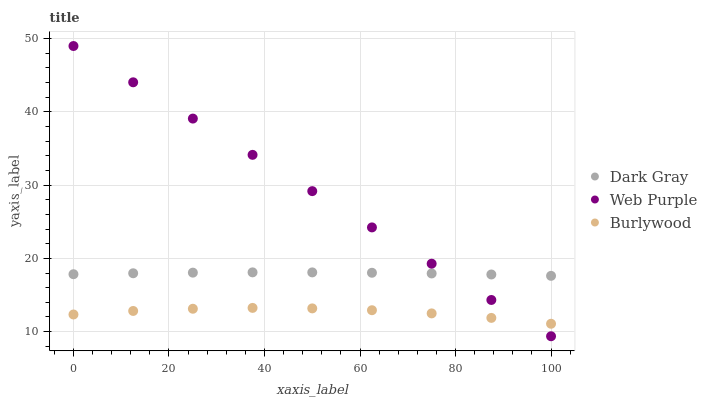
| xaxis_label | Dark Gray | Web Purple | Burlywood |
 | --- | --- | --- | --- |
 | 0 | 17.8 | 49 | 12.3 |
 | 12.5 | 18 | 44 | 12.8 |
 | 25 | 18.1 | 39.1 | 13.1 |
 | 37.5 | 18.1 | 34.1 | 13.2 |
 | 50 | 18.1 | 29.2 | 13.2 |
 | 62.5 | 18 | 24.2 | 12.9 |
 | 75 | 17.9 | 19.3 | 12.5 |
 | 87.5 | 17.8 | 14.3 | 11.9 |
 | 100 | 17.6 | 9.37 | 11.1 |